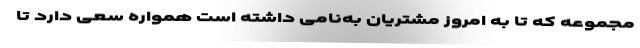
مجموعه که تا به امروز مشتریان به‌نامی داشته است همواره سعی دارد تا